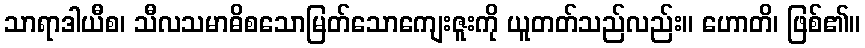
သာရာဒါယီစ၊ သီလသမာဓိစသောမြတ်သောကျေးဇူးကို ယူတတ်သည်လည်း။ ဟောတိ၊ ဖြစ်၏။